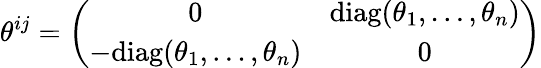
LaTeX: \theta^{ij}=\left(\begin{array}{cc}{{0}}&{{\mathrm{diag}(\theta_{1},\dots,\theta_{n})}}\\ {{-\mathrm{diag}(\theta_{1},\dots,\theta_{n})}}&{{0}}\end{array}\right)